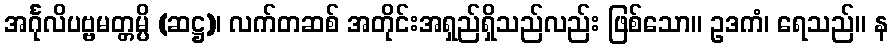
အင်္ဂုလိပဗ္ဗမတ္တမ္ပိ (ဆဋ္ဌ)၊ လက်တဆစ် အတိုင်းအရှည်ရှိသည်လည်း ဖြစ်သော။ ဥဒကံ၊ ရေသည်။ န